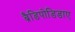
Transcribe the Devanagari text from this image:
ब्रैडिपोडिडाए